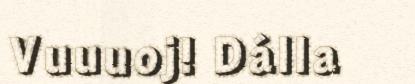
Vuuuoj! Dálla